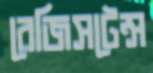
রেজিসটেন্স